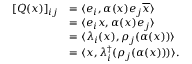
\begin{array} { r l } { [ Q ( x ) ] _ { i j } } & { = \langle e _ { i } , \alpha ( x ) e _ { j } \overline { { x } } \rangle } \\ & { = \langle e _ { i } x , \alpha ( x ) e _ { j } \rangle } \\ & { = \langle \lambda _ { i } ( x ) , \rho _ { j } ( \alpha ( x ) ) \rangle } \\ & { = \langle x , \lambda _ { i } ^ { \dagger } ( \rho _ { j } ( \alpha ( x ) ) ) \rangle . } \end{array}